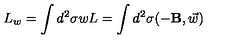
L _ { w } = \int d ^ { 2 } \sigma w L = \int d ^ { 2 } \sigma ( - { \bf { B } } , \vec { w } )